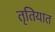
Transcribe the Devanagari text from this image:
तृतियात